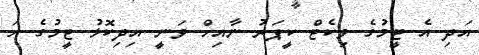
އަދި އެ ޓީމުގެ ވިކެޓް ކީޕަރު ނާއިހް ވަނީ އިދިކޮޅު ޓީމުގެ ހަ